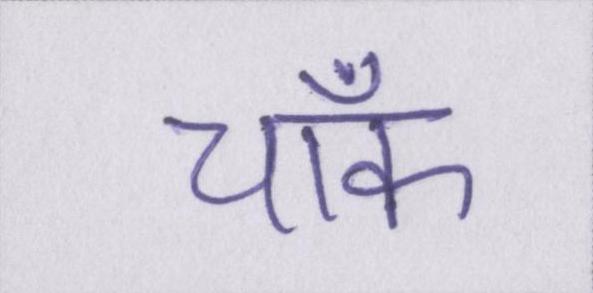
चॉक